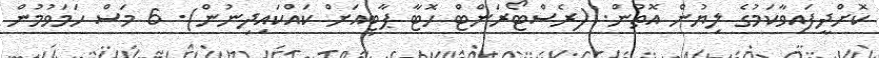
ކޮށްދީފައިވާކަމުގެ ލިޔުން އޮތުން. (ރެސްޓޯރަންޓް ހޮޓާ ޕާޓީއަށް ކައްކައިދިނުން). 6 މަސް ހަމަވުމުން